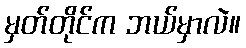
မှတ်တိုင်က ဘယ်မှာလဲ။